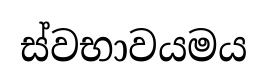
ස්වභාවයමය